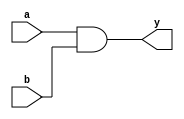
module and2(
    input a,
    input b,
    output y
);
assign y=a&b;
endmodule

`timescale 1ps/1ps
module and2_tb;
reg a;
reg b;
wire y;
and2 uut(.a(a),.b(b),.y(y));
initial begin
    a=0; b=0 ; #10;
    a=0; b=1 ; #10;
    a=1; b=0 ; #10;
    a=1; b=1 ; #10;
end

initial begin
    $monitor("a=%b b=%b y=%b\n",a,b,y);
end
endmodule